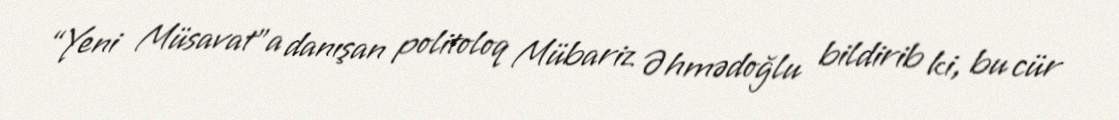
“Yeni Müsavat”a danışan politoloq Mübariz Əhmədoğlu bildirib ki, bu cür